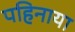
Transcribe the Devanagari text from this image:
पहिनाया